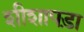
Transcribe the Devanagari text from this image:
शीशापड़ा